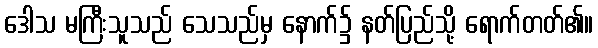
ဒေါသ မကြီးသူသည် သေသည်မှ နောက်၌ နတ်ပြည်သို့ ရောက်တတ်၏။